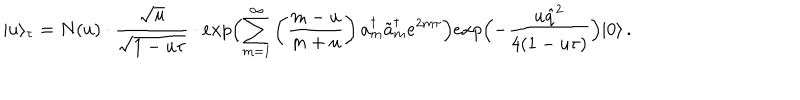
LaTeX: | u \rangle _ { \tau } = N ( u ) \cdot \frac { \sqrt { u } } { \sqrt { 1 - u \tau } } \cdot e x p \Bigl ( \sum _ { m = 1 } ^ { \infty } \left( \frac { m - u } { m + u } \right) a _ { m } ^ { \dagger } \tilde { a } _ { m } ^ { \dagger } e ^ { 2 m \tau } \Bigr ) e x p \Bigl ( - \frac { u \hat { q } ^ { 2 } } { 4 ( 1 - u \tau ) } \Bigr ) | 0 \rangle \, .